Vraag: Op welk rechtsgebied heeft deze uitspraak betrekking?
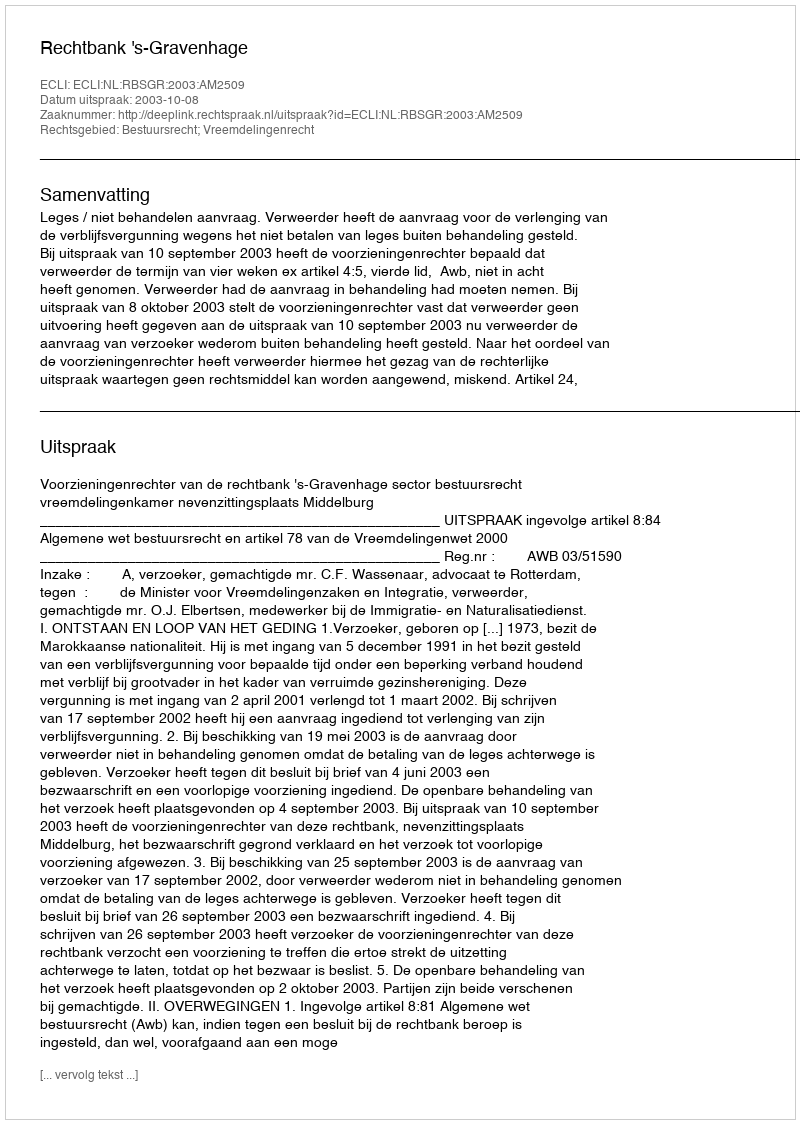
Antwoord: Bestuursrecht; Vreemdelingenrecht